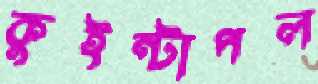
কুইন্টাপল